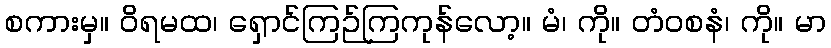
စကားမှ။ ဝိရမထ၊ ရှောင်ကြဉ်ကြကုန်လော့။ မံ၊ ကို။ တံဝစနံ၊ ကို။ မာ